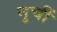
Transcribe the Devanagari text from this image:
नुचीं